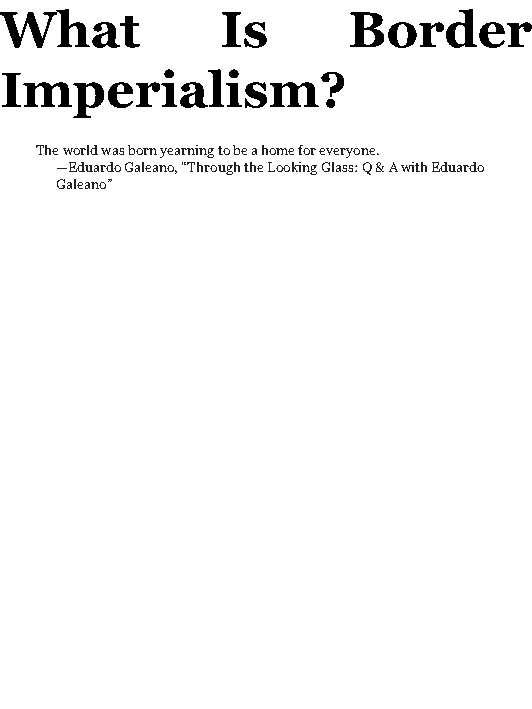
What           Is      Border
 Imperialism?
 The world was born yearning to be a home for everyone.
 —Eduardo Galeano, “Through the Looking Glass: Q & A with Eduardo
 Galeano”